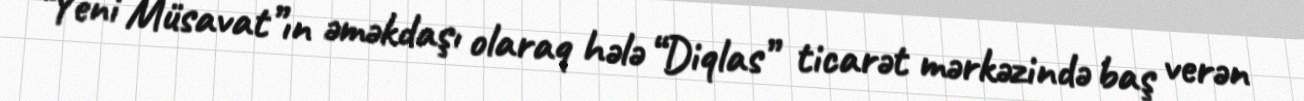
“Yeni Müsavat”ın əməkdaşı olaraq hələ “Diqlas” ticarət mərkəzində baş verən